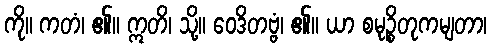
ကို။ ကတံ၊ ၏။ ဣတိ၊ သို့။ ဝေဒိတဗ္ဗံ၊ ၏။ ယာ စမုဉ္စိတုကမျတာ၊